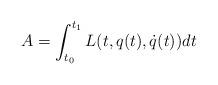
LaTeX: \begin{align*}A=\int_{t_0}^{t_1} L(t,q(t),\dot q(t))dt\end{align*}